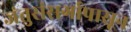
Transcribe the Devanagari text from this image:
जंतुसंसर्गापासून